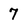
Character: 7